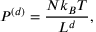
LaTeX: P ^ { ( d ) } = { \frac { N k _ { B } T } { L ^ { d } } } ,